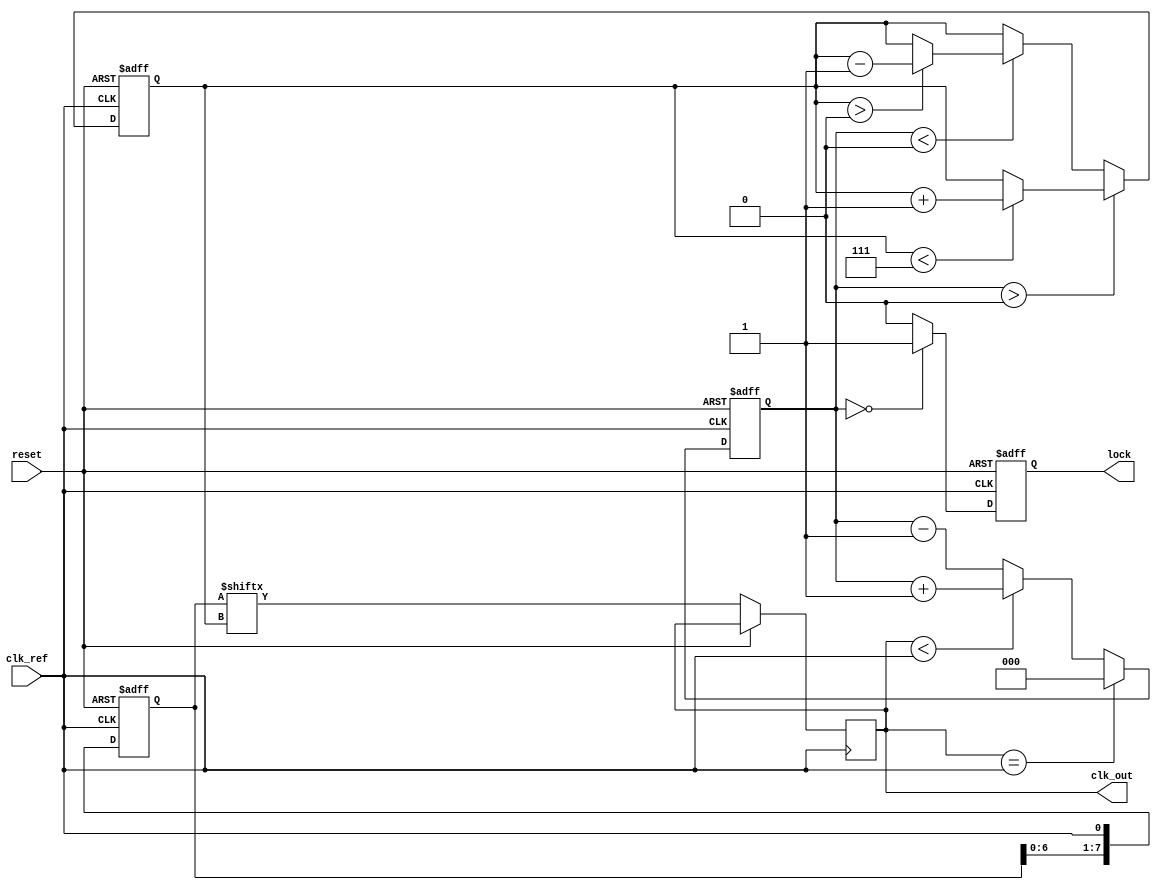
module DLL (
    input wire clk_ref,          // Reference clock input
    input wire reset,            // Reset signal
    output wire clk_out,         // Output clock
    output wire lock             // Lock status signal
);

    // Parameters
    parameter NUM_DELAY_ELEMENTS = 8;
    parameter DELAY_STEP = 1;    // Fixed delay step for each element

    // Internal signals
    reg [NUM_DELAY_ELEMENTS-1:0] delay_line; // Delay line control
    reg [2:0] phase_error;       // Phase error signal
    reg [2:0] delay_select;      // Selected delay element
    reg locked;                  // Lock status flag

    // Phase Detector (PD)
    always @(posedge clk_ref or posedge reset) begin
        if (reset) begin
            phase_error <= 3'b000;
        end else begin
            // Simple phase detection logic (example)
            // Compare the reference clock with the delayed output clock
            // This is a placeholder; actual implementation may vary
            if (clk_out == clk_ref) begin
                phase_error <= 3'b000; // Phase aligned
            end else if (clk_out < clk_ref) begin
                phase_error <= phase_error + 1; // Output is lagging
            end else begin
                phase_error <= phase_error - 1; // Output is leading
            end
        end
    end

    // Control Logic
    always @(posedge clk_ref or posedge reset) begin
        if (reset) begin
            delay_select <= 3'b000; // Reset delay selection
            locked <= 1'b0;         // Reset lock status
        end else begin
            // Adjust delay line based on phase error
            if (phase_error > 0) begin
                if (delay_select < NUM_DELAY_ELEMENTS-1)
                    delay_select <= delay_select + 1; // Increase delay
            end else if (phase_error < 0) begin
                if (delay_select > 0)
                    delay_select <= delay_select - 1; // Decrease delay
            end

            // Check if locked
            if (phase_error == 3'b000) begin
                locked <= 1'b1; // DLL is locked
            end else begin
                locked <= 1'b0; // DLL is not locked
            end
        end
    end

    // Delay Line (using memory blocks)
    always @(posedge clk_ref or posedge reset) begin
        if (reset) begin
            delay_line <= 0;
        end else begin
            // Shift the delay line based on the selected delay
            delay_line <= {delay_line[NUM_DELAY_ELEMENTS-2:0], clk_ref};
            // Implementing delay based on selected delay element
            clk_out <= delay_line[delay_select];
        end
    end

    // Lock Status Output
    assign lock = locked;

endmodule